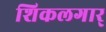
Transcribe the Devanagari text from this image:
शिकलगार्